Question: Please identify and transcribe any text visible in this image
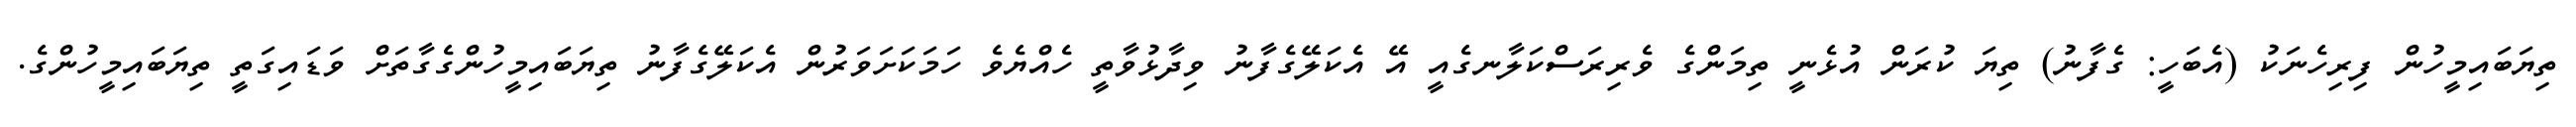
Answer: ތިޔަބައިމީހުން ފިރިހެނަކު (އެބަހީ: ގެފާނު) ތިޔަ ކުރަން އުޅެނީ ތިމަންގެ ވެރިރަސްކަލާނގެއީ އޭ އެކަލޭގެފާނު ވިދާޅުވާތީ ހެއްޔެވެ ހަމަކަށަވަރުން އެކަލޭގެފާނު ތިޔަބައިމީހުންގެގާތަށް ވަޑައިގަތީ ތިޔަބައިމީހުންގެ.